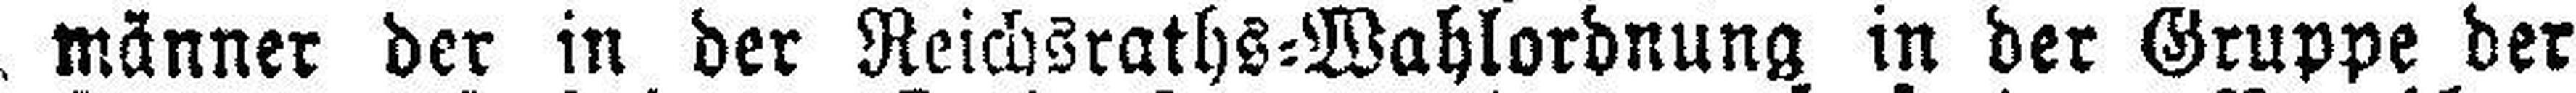
männer der in der Reichsraths=Wahlordnung in der Gruppe der